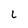
Character: L